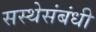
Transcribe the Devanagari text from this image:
सस्थेसंबंधी